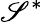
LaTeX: \mathscr{S}^{*}